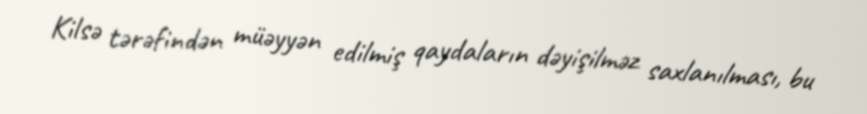
Kilsə tərəfindən müəyyən edilmiş qaydaların dəyişilməz saxlanılması, bu